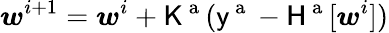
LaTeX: \boldsymbol{w}^{i+1}=\boldsymbol{w}^{i}+\mathsf{K}^{\mathrm{~a~}}(\mathsf{y}^{\mathrm{~a~}}-\mathsf{H}^{\mathrm{~a~}}[\boldsymbol{w}^{i}])